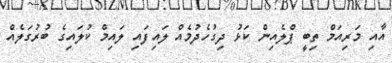
އާއި މަރިއަމް ތިބީ ޕްލެއިން ކަޅު ދިގުހެދުމެއް ލައިފައި ލައިމް ކުލައިގެ ބުރުގަލެއް